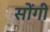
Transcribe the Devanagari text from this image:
सोंगी